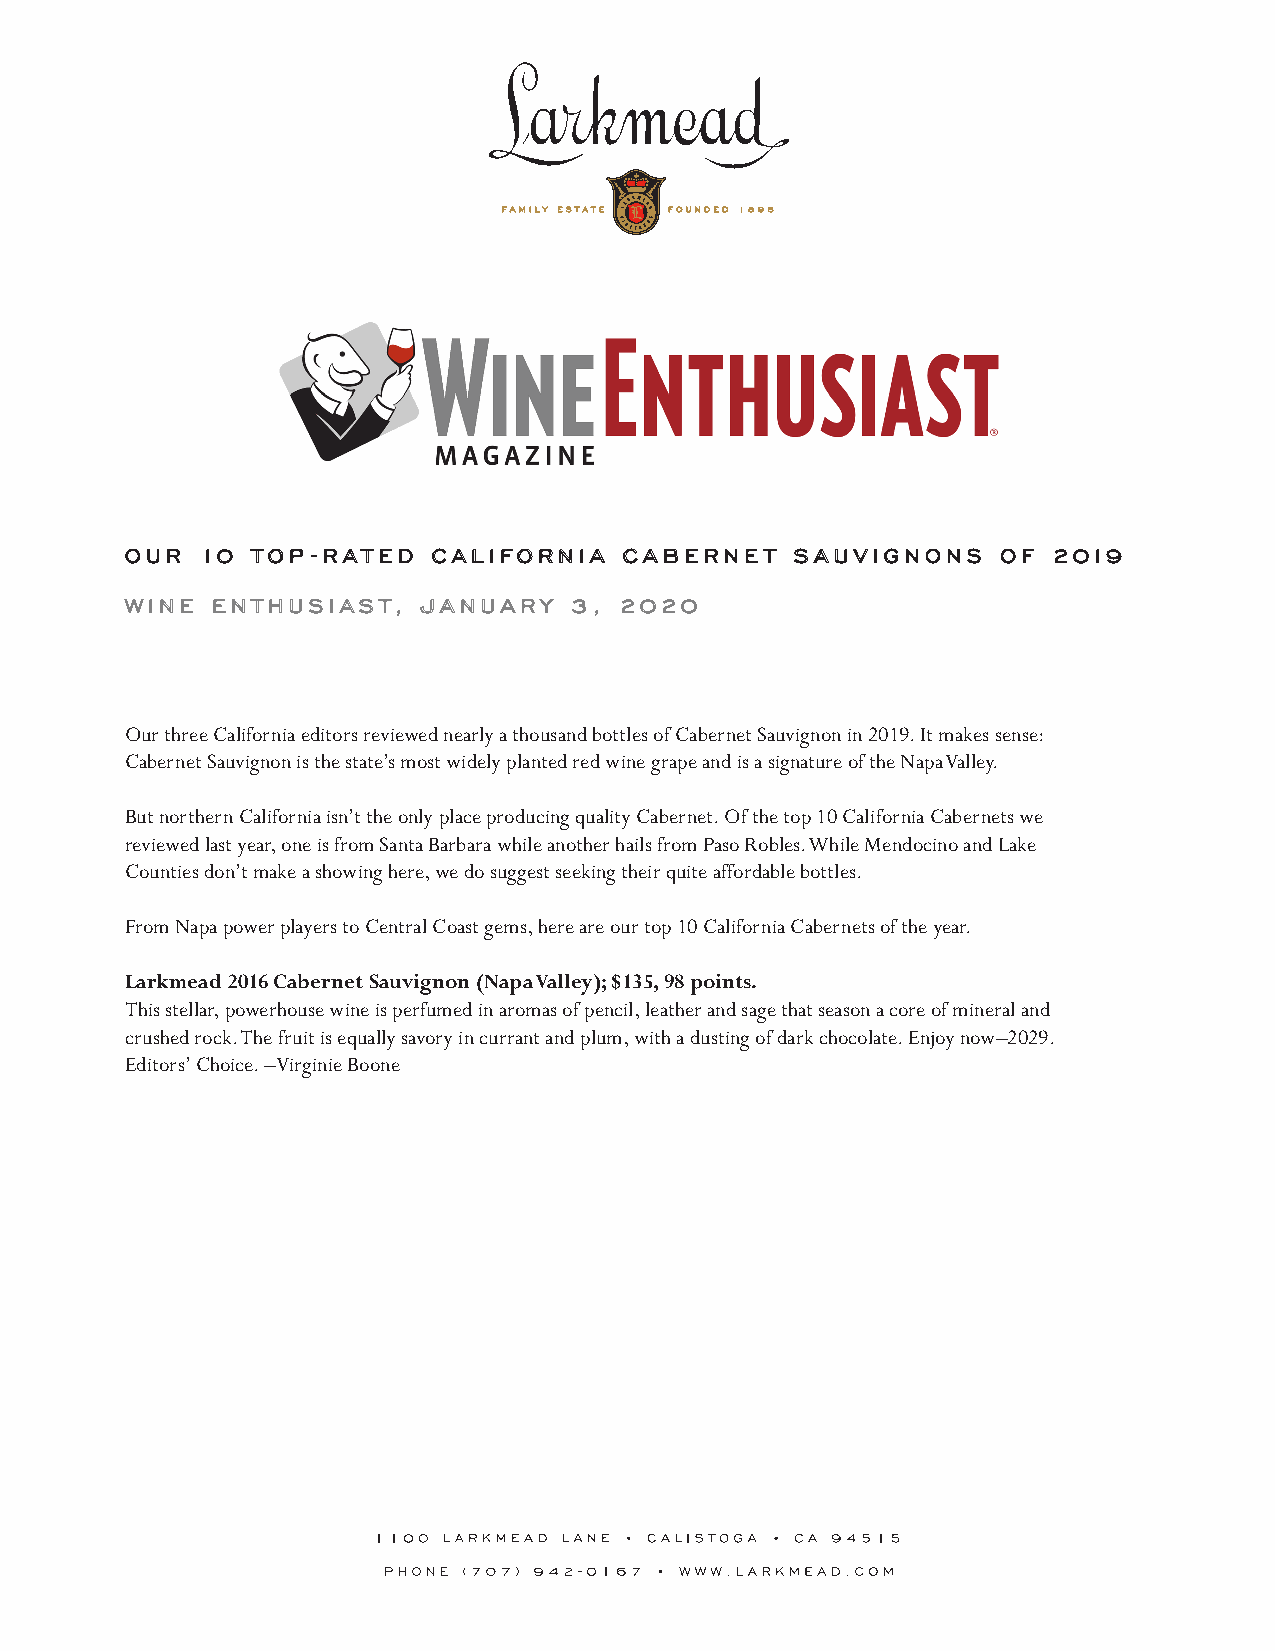
OOUURR 1100 TTOOPP --RRAATTEEDD CCAALLIIFFOORRNNIIAA CCAABBEERRNNEE TT SSAAUUVVIIGGNNOONNSS OOFF 22001199
 WWIINNEE EENNTTHHUUSSIIAASSTT,, JJAANNUUAARRYY 33,, 22002200
 Our three California editors reviewed nearly a thousand bottles of Cabernet Sauvignon in 2019. It makes sense:
 Cabernet Sauvignon is the state’s most widely planted red wine grape and is a signature of the Napa Valley.
 But northern California isn’t the only place producing quality Cabernet. Of the top 10 California Cabernets we
 reviewed last year, one is from Santa Barbara while another hails from Paso Robles. While Mendocino and Lake
 Counties don’t make a showing here, we do suggest seeking their quite affordable bottles.
 From Napa power players to Central Coast gems, here are our top 10 California Cabernets of the year.
 Larkmead 2016 Cabernet Sauvignon (Napa Valley); $135, 98 points.
 This stellar, powerhouse wine is perfumed in aromas of pencil, leather and sage that season a core of mineral and
 crushed rock. The fruit is equally savory in currant and plum, with a dusting of dark chocolate. Enjoy now–2029.
 Editors’ Choice. –Virginie Boone